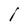
Character: l